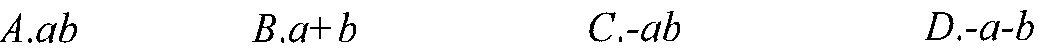
\(A.ab\qquad B.a + b\qquad C.-ab\qquad D.-a - b\)